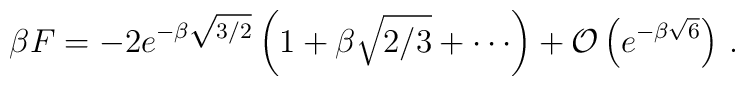
\beta F = -2 e^{-\beta \sqrt{3/2}} \left(1 + \beta \sqrt{2/3} + \cdots\right)+ {\cal O}\left(e^{-\beta \sqrt{6}}\right) \,.